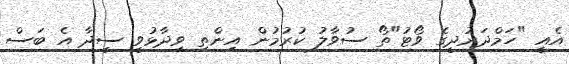
އެއީ "ހަމްދަރުދީގެ ވޯޓު"ތޯ ސުވާލު ކުރުމުން އިންތި ވިދާޅުވީ ސީދާ އެ ބަސް